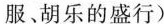
服胡乐的盛行)